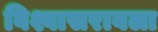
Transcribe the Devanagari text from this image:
विश्वासरावला